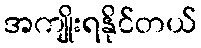
အကျိုးရနိုင်တယ်